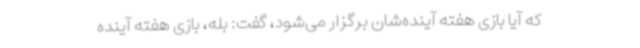
که آیا بازی هفته آینده‌شان برگزار می‌شود، گفت: بله، بازی هفته آینده